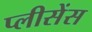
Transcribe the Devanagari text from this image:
प्लीसेंस